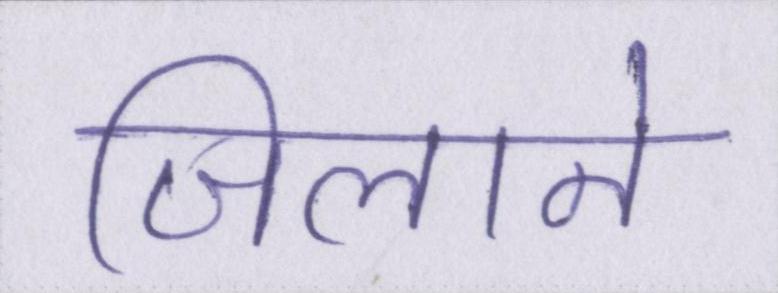
जिलाने